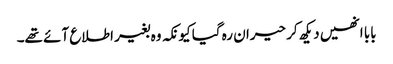
بابا انھیں دیکھ کر حیران رہ گیا کیونکہ وہ بغیر اطلاع آئے تھے۔